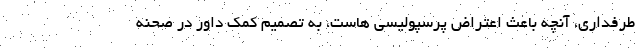
طرفداری، آنچه باعث اعتراض پرسپولیسی هاست، به تصمیم کمک داور در صحنه